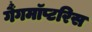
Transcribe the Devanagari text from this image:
गैंगमॉप्टरिस